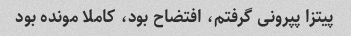
پیتزا پپرونی گرفتم، افتضاح بود، کاملا مونده بود